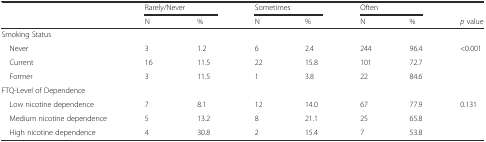
|  | <COLSPAN=2> Rarely/Never | <COLSPAN=2> Sometimes | <COLSPAN=2> Often |  |
 |  | N | % | N | % | N | % | p value |
 | --- | --- | --- | --- | --- | --- | --- | --- |
 | <COLSPAN=8> Smoking Status |
 | Never | 3 | 1.2 | 6 | 2.4 | 244 | 96.4 | <0.001 |
 | Current | 16 | 11.5 | 22 | 15.8 | 101 | 72.7 |  |
 | Former | 3 | 11.5 | 1 | 3.8 | 22 | 84.6 |  |
 | <COLSPAN=8> FTQ-Level of Dependence |
 | Low nicotine dependence | 7 | 8.1 | 12 | 14.0 | 67 | 77.9 | 0.131 |
 | Medium nicotine dependence | 5 | 13.2 | 8 | 21.1 | 25 | 65.8 |  |
 | High nicotine dependence | 4 | 30.8 | 2 | 15.4 | 7 | 53.8 |  |